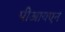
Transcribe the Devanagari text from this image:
पीआयएन